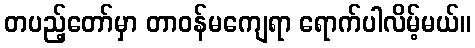
တပည့်တော်မှာ တာဝန်မကျေရာ ရောက်ပါလိမ့်မယ်။